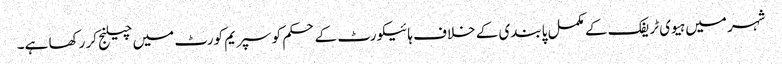
شہر میں ہیوی ٹریفک کے مکمل پابندی کے خلاف ہائیکورٹ کے حکم کو سپریم کورٹ میں چیلنج کر رکھا ہے۔